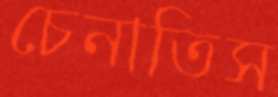
চেনাতিস